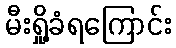
မီးရှို့ခံရကြောင်း